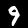
Label: 9